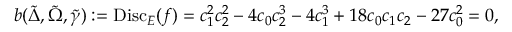
b ( \tilde { \Delta } , \tilde { \Omega } , \tilde { \gamma } ) : = \mathrm { D i s c } _ { E } ( f ) = c _ { 1 } ^ { 2 } c _ { 2 } ^ { 2 } - 4 c _ { 0 } c _ { 2 } ^ { 3 } - 4 c _ { 1 } ^ { 3 } + 1 8 c _ { 0 } c _ { 1 } c _ { 2 } - 2 7 c _ { 0 } ^ { 2 } = 0 ,